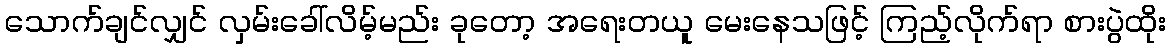
သောက်ချင်လျှင် လှမ်းခေါ်လိမ့်မည်း ခုတော့ အရေးတယူ မေးနေသဖြင့် ကြည့်လိုက်ရာ စားပွဲထိုး